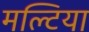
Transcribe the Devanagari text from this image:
मल्टिया